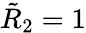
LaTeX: \tilde{R}_{2}=1